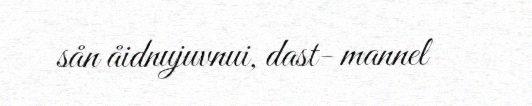
sån åidnujuvnui, dast- mannel